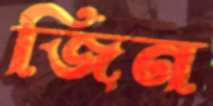
জিন